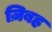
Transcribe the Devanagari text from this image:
ज़िबह